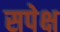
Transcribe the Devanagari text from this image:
सपेक्ष